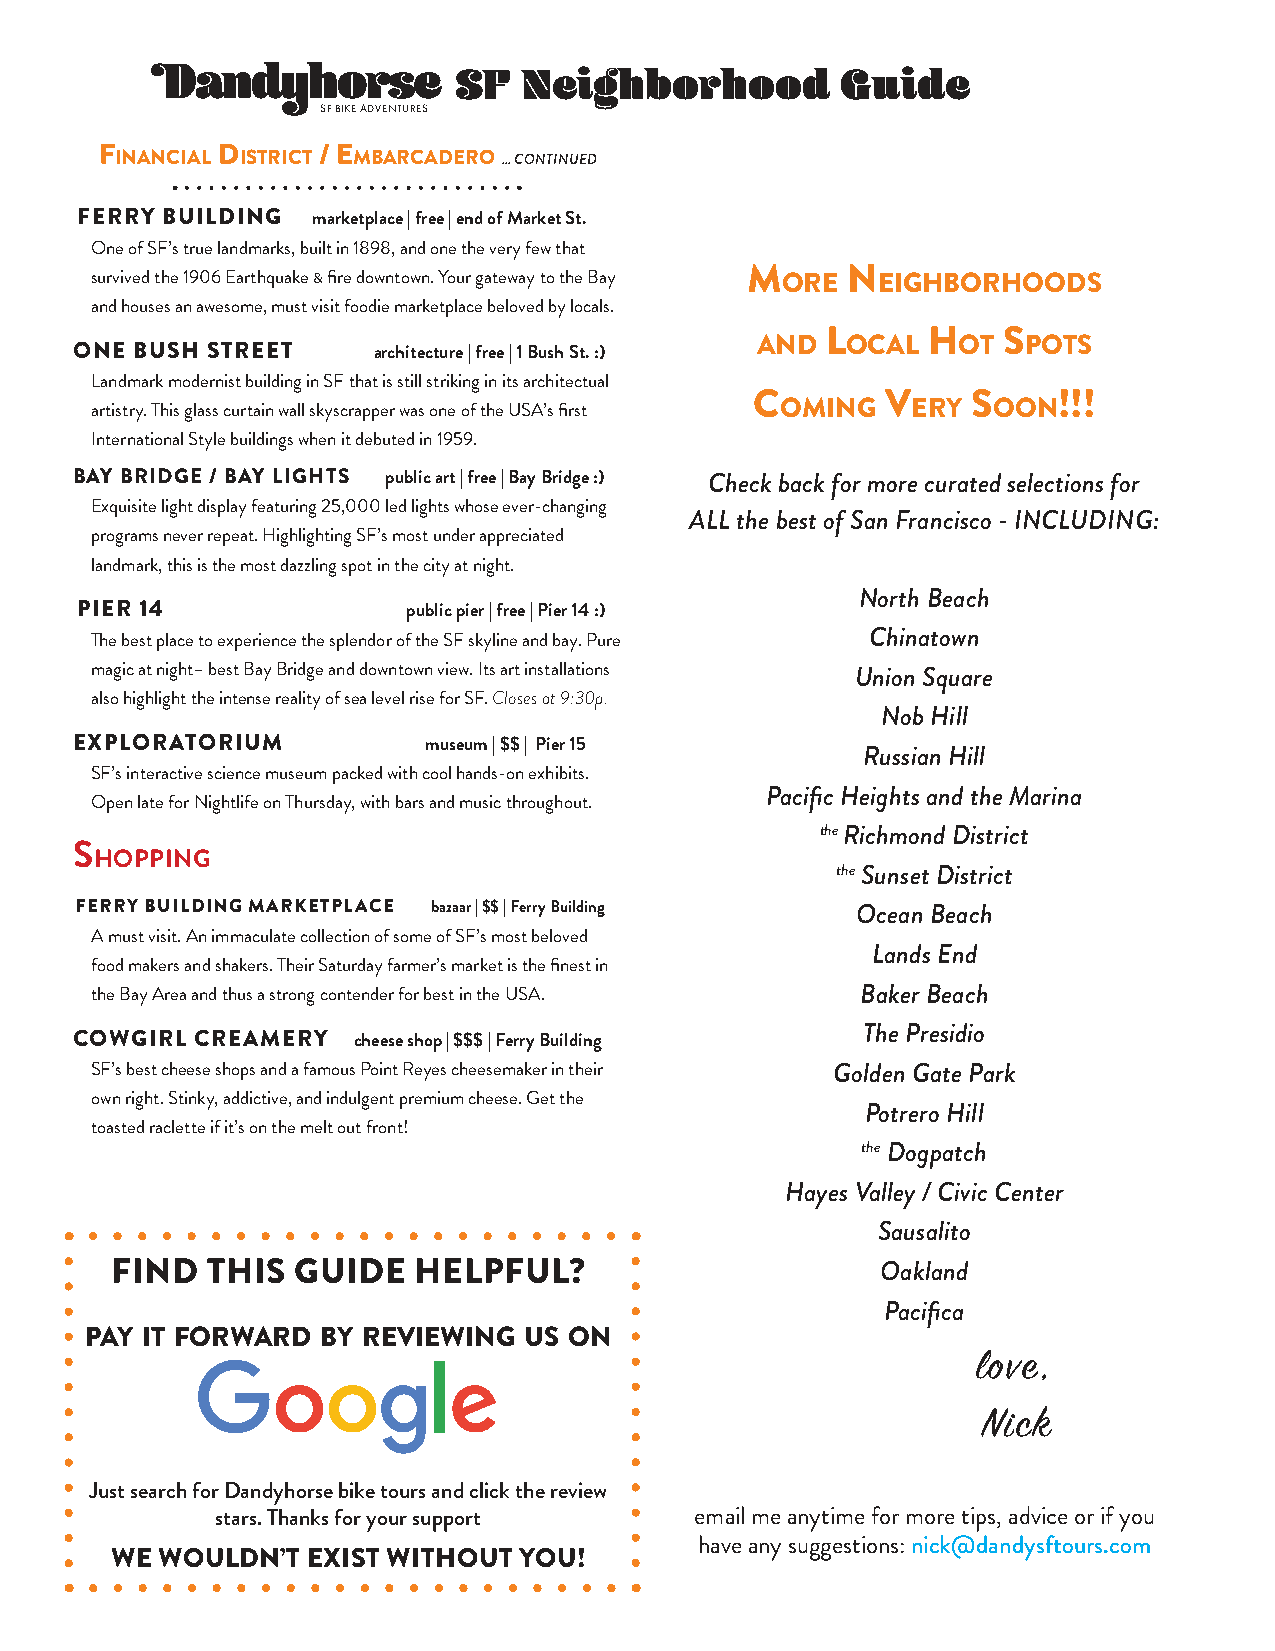
SF   Neighborhood         Guide
 SF BIKE ADVENTURES
 F      D      / E
 INANCIAL ISTRICT MBARCADERO ... CONTINUED
 FERRY BUILDING  marketplace | free | end of Market St.
 One of SF’s true landmarks, built in 1898, and one the very few that
 M      N
 survived the 1906 Earthquake & fire downtown. Your gateway to the Bay ORE EIGHBORHOODS
 and houses an awesome, must visit foodie marketplace beloved by locals.
 L     H    S
 AND   OCAL   OT   POTS
 ONE BUSH STREET     architecture | free | 1 Bush St. :)
 Landmark modernist building in SF that is still striking in its architectual
 C        V    S     !!!
 OMING   ERY   OON
 artistry. This glass curtain wall skyscrapper was one of the USA’s first
 International Style buildings when it debuted in 1959.
 BAY BRIDGE / BAY LIGHTS public art | free | Bay Bridge :) Check back for more curated selections for
 Exquisite light display featuring 25,000 led lights whose ever-changing
 ALL the best of San Francisco - INCLUDING:
 programs never repeat. Highlighting SF’s most under appreciated
 landmark, this is the most dazzling spot in the city at night.
 North Beach
 PIER 14               public pier | free | Pier 14 :)
 The best place to experience the splendor of the SF skyline and bay. Pure Chinatown
 magic at night– best Bay Bridge and downtown view. Its art installations Union Square
 also highlight the intense reality of sea level rise for SF. Closes at 9:30p.
 Nob Hill
 EXPLORATORIUM          museum | $$ | Pier 15
 Russian Hill
 SF’s interactive science museum packed with cool hands-on exhibits.
 Pacific Heights and the Marina
 Open late for Nightlife on Thursday, with bars and music throughout.
 the Richmond District
 S
 HOPPING
 the Sunset District
 FERRY BUILDING MARKETPLACE bazaar | $$ | Ferry Building Ocean Beach
 A must visit. An immaculate collection of some of SF’s most beloved
 Lands End
 food makers and shakers. Their Saturday farmer’s market is the finest in
 the Bay Area and thus a strong contender for best in the USA. Baker Beach
 COWGIRL CREAMERY  cheese shop | $$$ | Ferry Building The Presidio
 SF’s best cheese shops and a famous Point Reyes cheesemaker in their Golden Gate Park
 own right. Stinky, addictive, and indulgent premium cheese. Get the
 Potrero Hill
 toasted raclette if it’s on the melt out front!
 the Dogpatch
 Hayes Valley / Civic Center
 Sausalito
 FIND   THIS GUIDE   HELPFUL?                       Oakland
 Pacifica
 PAY IT FORWARD BY REVIEWING  US ON
 love,
 Nick
 Just search for Dandyhorse bike tours and click the review
 stars. Thanks for your support  email me anytime for more tips, advice or if you
 have any suggestions: nick@dandysftours.com
 WE WOULDN’T  EXIST WITHOUT YOU!